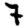
Digit: 7